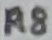
Text: R8